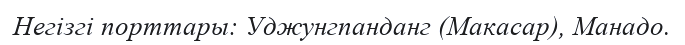
Негізгі порттары: Уджунгпанданг (Макасар), Манадо.